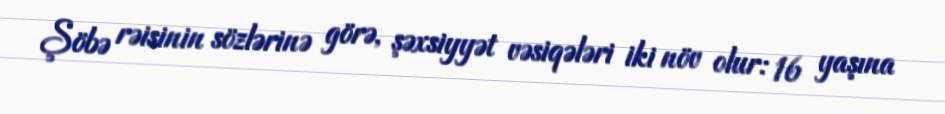
Şöbə rəisinin sözlərinə görə, şəxsiyyət vəsiqələri iki növ olur: 16 yaşına